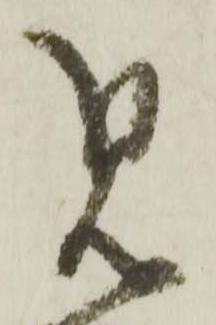
見